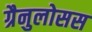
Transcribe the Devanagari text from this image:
ग्रैनुलोसस